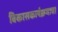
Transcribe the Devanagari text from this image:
विकासकार्यक्रमाचा